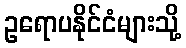
ဥရောပနိုင်ငံများသို့